Senior Leaving Certificate Examination (including Day School Certificate (Higher) General paper), 1949
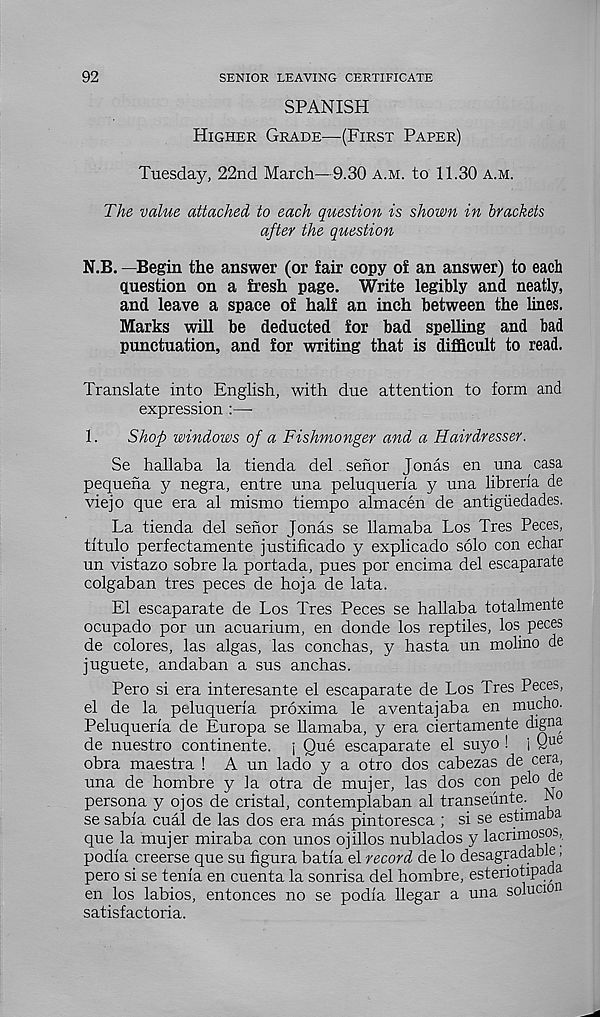
92
SENIOR LEAVING CERTIFICATE
SPANISH
Higher Grade—(First Paper)
Tuesday, 22nd March—9.30 a.m. to 11.30 a.m.
The value attached to each question is shown in brackets
after the question
N.B. —Begin the answer (or fair copy of an answer) to each
question on a fresh page. Write legibly and neatly,
and leave a space of half an inch between the lines.
Marks will be deducted for bad spelling and bad
punctuation, and for writing that is difficult to read.
Translate into English, with due attention to form and
expression :—■
1.
Shop windows of a Fishmonger and a Hairdresser.
Se hallaba la tienda del senor Jonas en una casa
pequena y negra, entre una peluqueria y una libreria de
viejo que era al mismo tiempo almacen de antigiiedades.
La tienda del senor Jonas se llamaba Los Tres Peces,
titulo perfectamente justificado y explicado solo con echar
un vistazo sobre la portada, pues por encima del escaparate
colgaban tres peces de hoja de lata.
El escaparate de Los Tres Peces se hallaba totalmente
ocupado por un acuarium, en donde los reptiles, los peces
de colores, las algas, las conchas, y hasta un molino de
juguete, andaban a sus anchas.
Pero si era interesante el escaparate de Los Tres Peces,
el de la peluqueria proxima le aventajaba en mucho.
Peluqueria de Europa se llamaba, y era ciertamente digna
de nuestro continente. j Que escaparate el suyo ! i Q ue
obra maestra ! A un lado y a otro dos cabezas de cera,
una de hombre y la otra de mujer, las dos con pelo de
persona y ojos de cristal, contemplaban al transeunte. bo
se sabia cual de las dos era mas pintoresca ; si se estimaba
que la mujer miraba con unos ojillos nublados y lacrimosos,
podia creerse que su figura batia el record de lo desagradab e,
pero si se tenia en cuenta la sonrisa del hombre, esteriotipada
en los labios, entonces no se podia llegar a una solucion
satisfactoria.